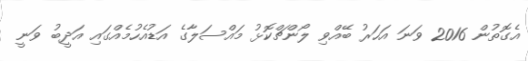
އެގޮތުން 2016 ވަނަ އަހަރު ބޭއްވި ލޯންޗްކޮޅު މައްސަލާގެ އަޑުއެހުމެއްގައި އަދީބު ވަނީ